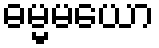
ဓမ္မမယော